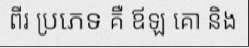
ពីរ ប្រភេទ គឺ ឪឡ គោ និង